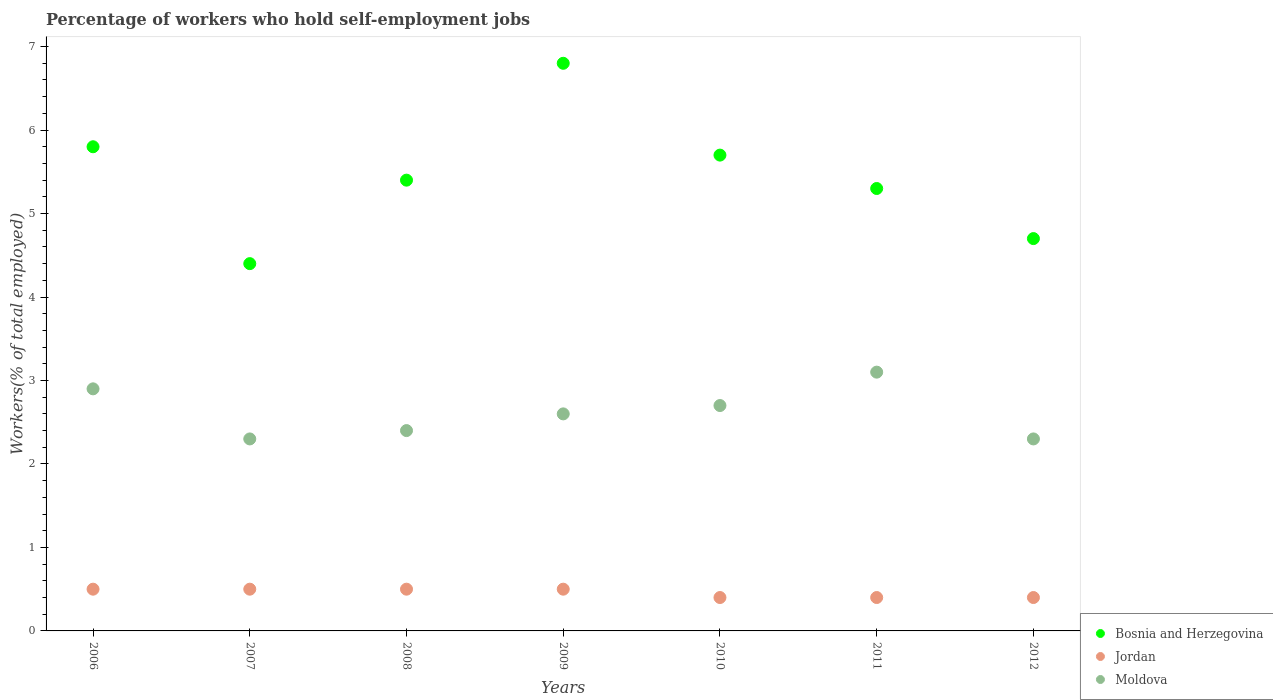
| Years | Bosnia and Herzegovina | Jordan | Moldova |
 | --- | --- | --- | --- |
 | 2006 | 5.8 | 0.5 | 2.9 |
 | 2007 | 4.4 | 0.5 | 2.3 |
 | 2008 | 5.4 | 0.5 | 2.4 |
 | 2009 | 6.8 | 0.5 | 2.6 |
 | 2010 | 5.7 | 0.4 | 2.7 |
 | 2011 | 5.3 | 0.4 | 3.1 |
 | 2012 | 4.7 | 0.4 | 2.3 |